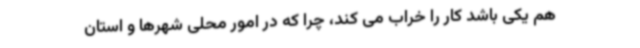
هم یکی باشد کار را خراب می کند، چرا که در امور محلی شهرها و استان